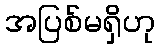
အပြစ်မရှိဟု